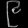
Digit: ၉